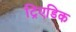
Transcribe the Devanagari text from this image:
ट्रिएडिक